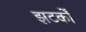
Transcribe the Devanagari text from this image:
झटकोँ